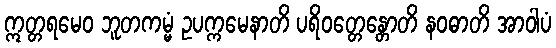
ဣတ္တရမေဝ ဘူတကမ္မံ ဥပက္ကမေနာတိ ပရိဝတ္တေန္တောတိ နဝဓာတိ အာဝါပံ